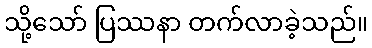
သို့သော် ပြဿနာ တက်လာခဲ့သည်။